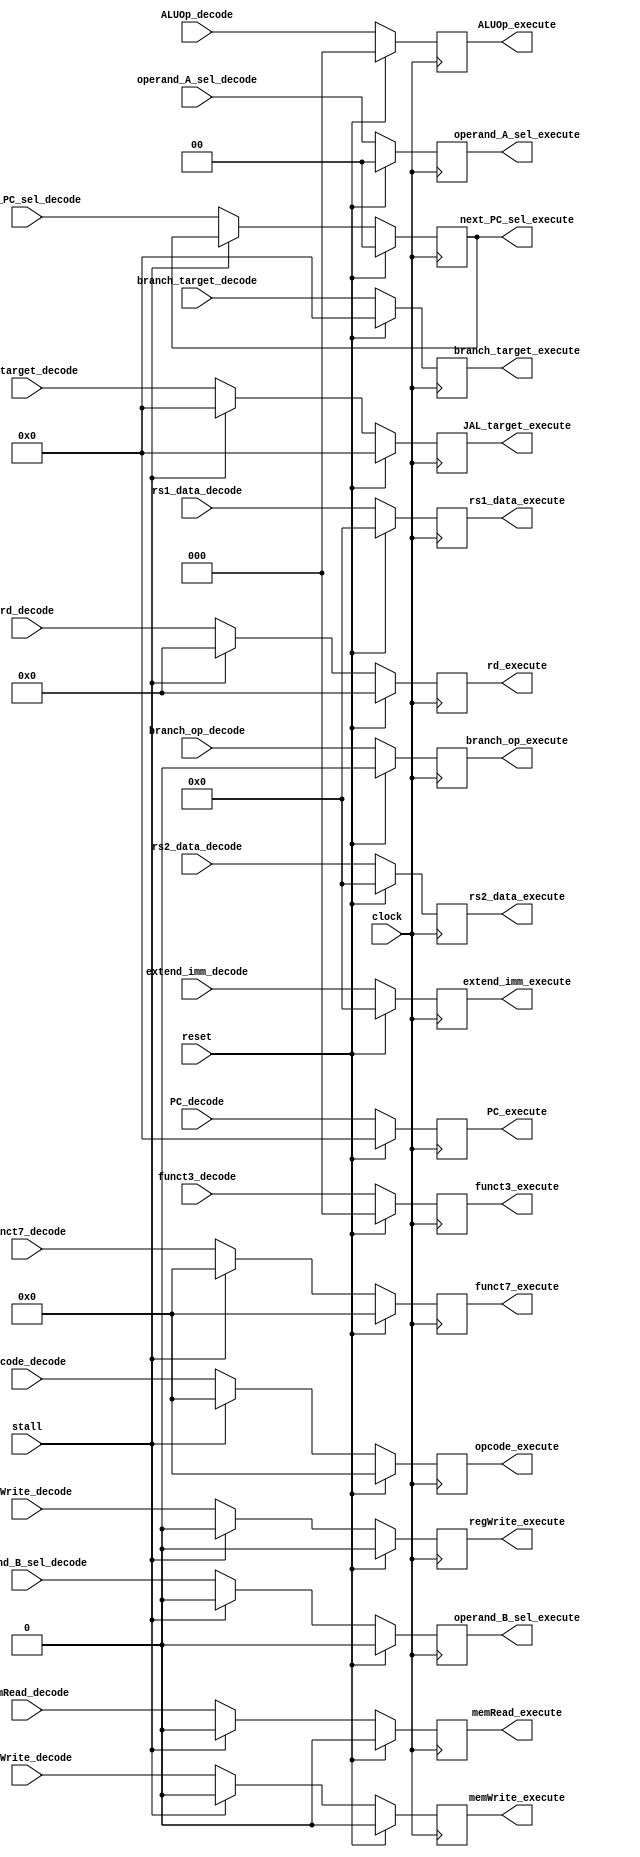
/** @module : decode_pipe_unit
 *  @author : Adaptive & Secure Computing Systems (ASCS) Laboratory
 
 *  Copyright (c) 2018 BRISC-V (ASCS/ECE/BU)
 *  Permission is hereby granted, free of charge, to any person obtaining a copy
 *  of this software and associated documentation files (the "Software"), to deal
 *  in the Software without restriction, including without limitation the rights
 *  to use, copy, modify, merge, publish, distribute, sublicense, and/or sell
 *  copies of the Software, and to permit persons to whom the Software is
 *  furnished to do so, subject to the following conditions:
 *  The above copyright notice and this permission notice shall be included in
 *  all copies or substantial portions of the Software.

 *  THE SOFTWARE IS PROVIDED "AS IS", WITHOUT WARRANTY OF ANY KIND, EXPRESS OR
 *  IMPLIED, INCLUDING BUT NOT LIMITED TO THE WARRANTIES OF MERCHANTABILITY,
 *  FITNESS FOR A PARTICULAR PURPOSE AND NONINFRINGEMENT. IN NO EVENT SHALL THE
 *  AUTHORS OR COPYRIGHT HOLDERS BE LIABLE FOR ANY CLAIM, DAMAGES OR OTHER
 *  LIABILITY, WHETHER IN AN ACTION OF CONTRACT, TORT OR OTHERWISE, ARISING FROM,
 *  OUT OF OR IN CONNECTION WITH THE SOFTWARE OR THE USE OR OTHER DEALINGS IN
 *  THE SOFTWARE.
 */

module decode_pipe_unit #(parameter  DATA_WIDTH = 32,
                            ADDRESS_BITS = 20)(
    input clock, reset, stall,
    input [DATA_WIDTH-1:0] rs1_data_decode,
    input [DATA_WIDTH-1:0] rs2_data_decode,
    input [6:0] funct7_decode,
    input [2:0] funct3_decode,
    input [4:0] rd_decode,
    input [6:0] opcode_decode,
    input [DATA_WIDTH-1:0] extend_imm_decode,
    input [ADDRESS_BITS-1:0] branch_target_decode,
    input [ADDRESS_BITS-1:0] JAL_target_decode,
    input [ADDRESS_BITS-1:0] PC_decode,
    input branch_op_decode,
    input memRead_decode,
    input [2:0] ALUOp_decode,
    input memWrite_decode,
    input [1:0] next_PC_sel_decode,
    input [1:0] operand_A_sel_decode,
    input operand_B_sel_decode,
    input regWrite_decode,
    
    
    output [DATA_WIDTH-1:0] rs1_data_execute,
    output [DATA_WIDTH-1:0] rs2_data_execute,
    output [6:0] funct7_execute,
    output [2:0] funct3_execute,
    output [4:0] rd_execute,
    output [6:0] opcode_execute,
    output [DATA_WIDTH-1:0] extend_imm_execute,
    output [ADDRESS_BITS-1:0] branch_target_execute,
    output [ADDRESS_BITS-1:0] JAL_target_execute,
    output [ADDRESS_BITS-1:0] PC_execute,
    output branch_op_execute,
    output memRead_execute,
    output [2:0] ALUOp_execute,
    output memWrite_execute,
    output [1:0] next_PC_sel_execute,
    output [1:0] operand_A_sel_execute,
    output operand_B_sel_execute,
    output regWrite_execute
  
    );
 
reg [DATA_WIDTH-1:0] rs1_data_decode_to_execute;
reg [DATA_WIDTH-1:0] rs2_data_decode_to_execute;
reg [6:0] funct7_decode_to_execute;
reg [2:0] funct3_decode_to_execute;
reg [4:0] rd_decode_to_execute;
reg [6:0] opcode_decode_to_execute;
reg [DATA_WIDTH-1:0] extend_imm_decode_to_execute;
reg [ADDRESS_BITS-1:0] branch_target_decode_to_execute;
reg [ADDRESS_BITS-1:0] JAL_target_decode_to_execute;  
reg [ADDRESS_BITS-1:0] PC_decode_to_execute;  
reg branch_op_decode_to_execute;
reg memRead_decode_to_execute;
reg [2:0] ALUOp_decode_to_execute;
reg memWrite_decode_to_execute;
reg [1:0] next_PC_sel_decode_to_execute;
reg [1:0] operand_A_sel_decode_to_execute;
reg operand_B_sel_decode_to_execute;
reg regWrite_decode_to_execute;


assign  rs1_data_execute       = rs1_data_decode_to_execute;
assign  rs2_data_execute       = rs2_data_decode_to_execute;
assign  funct7_execute         = funct7_decode_to_execute;
assign  funct3_execute         = funct3_decode_to_execute;
assign  rd_execute             = rd_decode_to_execute;    
assign  opcode_execute         = opcode_decode_to_execute;
assign  extend_imm_execute     = extend_imm_decode_to_execute;
assign  branch_target_execute  = branch_target_decode_to_execute;
assign  JAL_target_execute     = JAL_target_decode_to_execute;   
assign  PC_execute             = PC_decode_to_execute;
assign  branch_op_execute      = branch_op_decode_to_execute;
assign  memRead_execute        = memRead_decode_to_execute;
assign  ALUOp_execute          = ALUOp_decode_to_execute;
assign  memWrite_execute       = memWrite_decode_to_execute;
assign  next_PC_sel_execute    = next_PC_sel_decode_to_execute;
assign  operand_A_sel_execute  = operand_A_sel_decode_to_execute;
assign  operand_B_sel_execute  = operand_B_sel_decode_to_execute;
assign  regWrite_execute       = regWrite_decode_to_execute;


always @(posedge clock) begin    
    if(reset) begin    
        rs1_data_decode_to_execute       <= {DATA_WIDTH{1'b0}};
        rs2_data_decode_to_execute       <= {DATA_WIDTH{1'b0}};
        funct7_decode_to_execute         <= 7'b0;
        funct3_decode_to_execute         <= 3'b0;
        rd_decode_to_execute             <= 5'b0;
        opcode_decode_to_execute         <= 7'b0;
        extend_imm_decode_to_execute     <= {DATA_WIDTH{1'b0}};
        branch_target_decode_to_execute  <= {ADDRESS_BITS{1'b0}};
        JAL_target_decode_to_execute     <= {ADDRESS_BITS{1'b0}};
        PC_decode_to_execute             <= {ADDRESS_BITS{1'b0}};
        branch_op_decode_to_execute      <= 1'b0;
        memRead_decode_to_execute        <= 1'b0;
        ALUOp_decode_to_execute          <= 3'b0;
        memWrite_decode_to_execute       <= 1'b0;
        next_PC_sel_decode_to_execute    <= 2'b0;
        operand_A_sel_decode_to_execute  <= 2'b0;
        operand_B_sel_decode_to_execute  <= 1'b0;
        regWrite_decode_to_execute       <= 1'b0;
        
    end
    else if(stall) begin
         rs1_data_decode_to_execute       <= rs1_data_decode;
         rs2_data_decode_to_execute       <= rs2_data_decode;
         funct7_decode_to_execute         <= 7'b0; //funct7_decode;
         funct3_decode_to_execute         <= funct3_decode;
         rd_decode_to_execute             <= {DATA_WIDTH{1'b0}};     
         opcode_decode_to_execute         <= 7'b0;
         branch_target_decode_to_execute  <= branch_target_decode;
         JAL_target_decode_to_execute     <= {ADDRESS_BITS{1'b0}};
         branch_op_decode_to_execute      <= branch_op_decode;
         memRead_decode_to_execute        <= 1'b0;
         ALUOp_decode_to_execute          <= ALUOp_decode;
         memWrite_decode_to_execute       <= 1'b0;
         operand_A_sel_decode_to_execute  <= operand_A_sel_decode;
         operand_B_sel_decode_to_execute  <= 1'b0;
         regWrite_decode_to_execute       <= 1'b0;
         extend_imm_decode_to_execute     <= extend_imm_decode;
         PC_decode_to_execute             <= PC_decode;
    end
    else begin
        rs1_data_decode_to_execute       <= rs1_data_decode;
        rs2_data_decode_to_execute       <= rs2_data_decode;
        funct7_decode_to_execute         <= funct7_decode;
        funct3_decode_to_execute         <= funct3_decode; 
        rd_decode_to_execute             <= rd_decode;     
        opcode_decode_to_execute         <= opcode_decode; 
        extend_imm_decode_to_execute     <= extend_imm_decode;
        branch_target_decode_to_execute  <= branch_target_decode; 
        JAL_target_decode_to_execute     <= JAL_target_decode;    
        PC_decode_to_execute             <= PC_decode;
        branch_op_decode_to_execute      <= branch_op_decode;
        memRead_decode_to_execute        <= memRead_decode;
        ALUOp_decode_to_execute          <= ALUOp_decode;
        memWrite_decode_to_execute       <= memWrite_decode;
        next_PC_sel_decode_to_execute    <= next_PC_sel_decode;
        operand_A_sel_decode_to_execute  <= operand_A_sel_decode;
        operand_B_sel_decode_to_execute  <= operand_B_sel_decode;
        regWrite_decode_to_execute       <= regWrite_decode;
     end
end 
endmodule